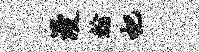
漫翰杷